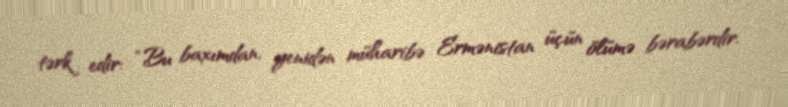
tərk edir: “Bu baxımdan, yenidən müharibə Ermənistan üçün ölümə bərabərdir.